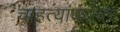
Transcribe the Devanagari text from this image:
चाहत्यांबरोबर